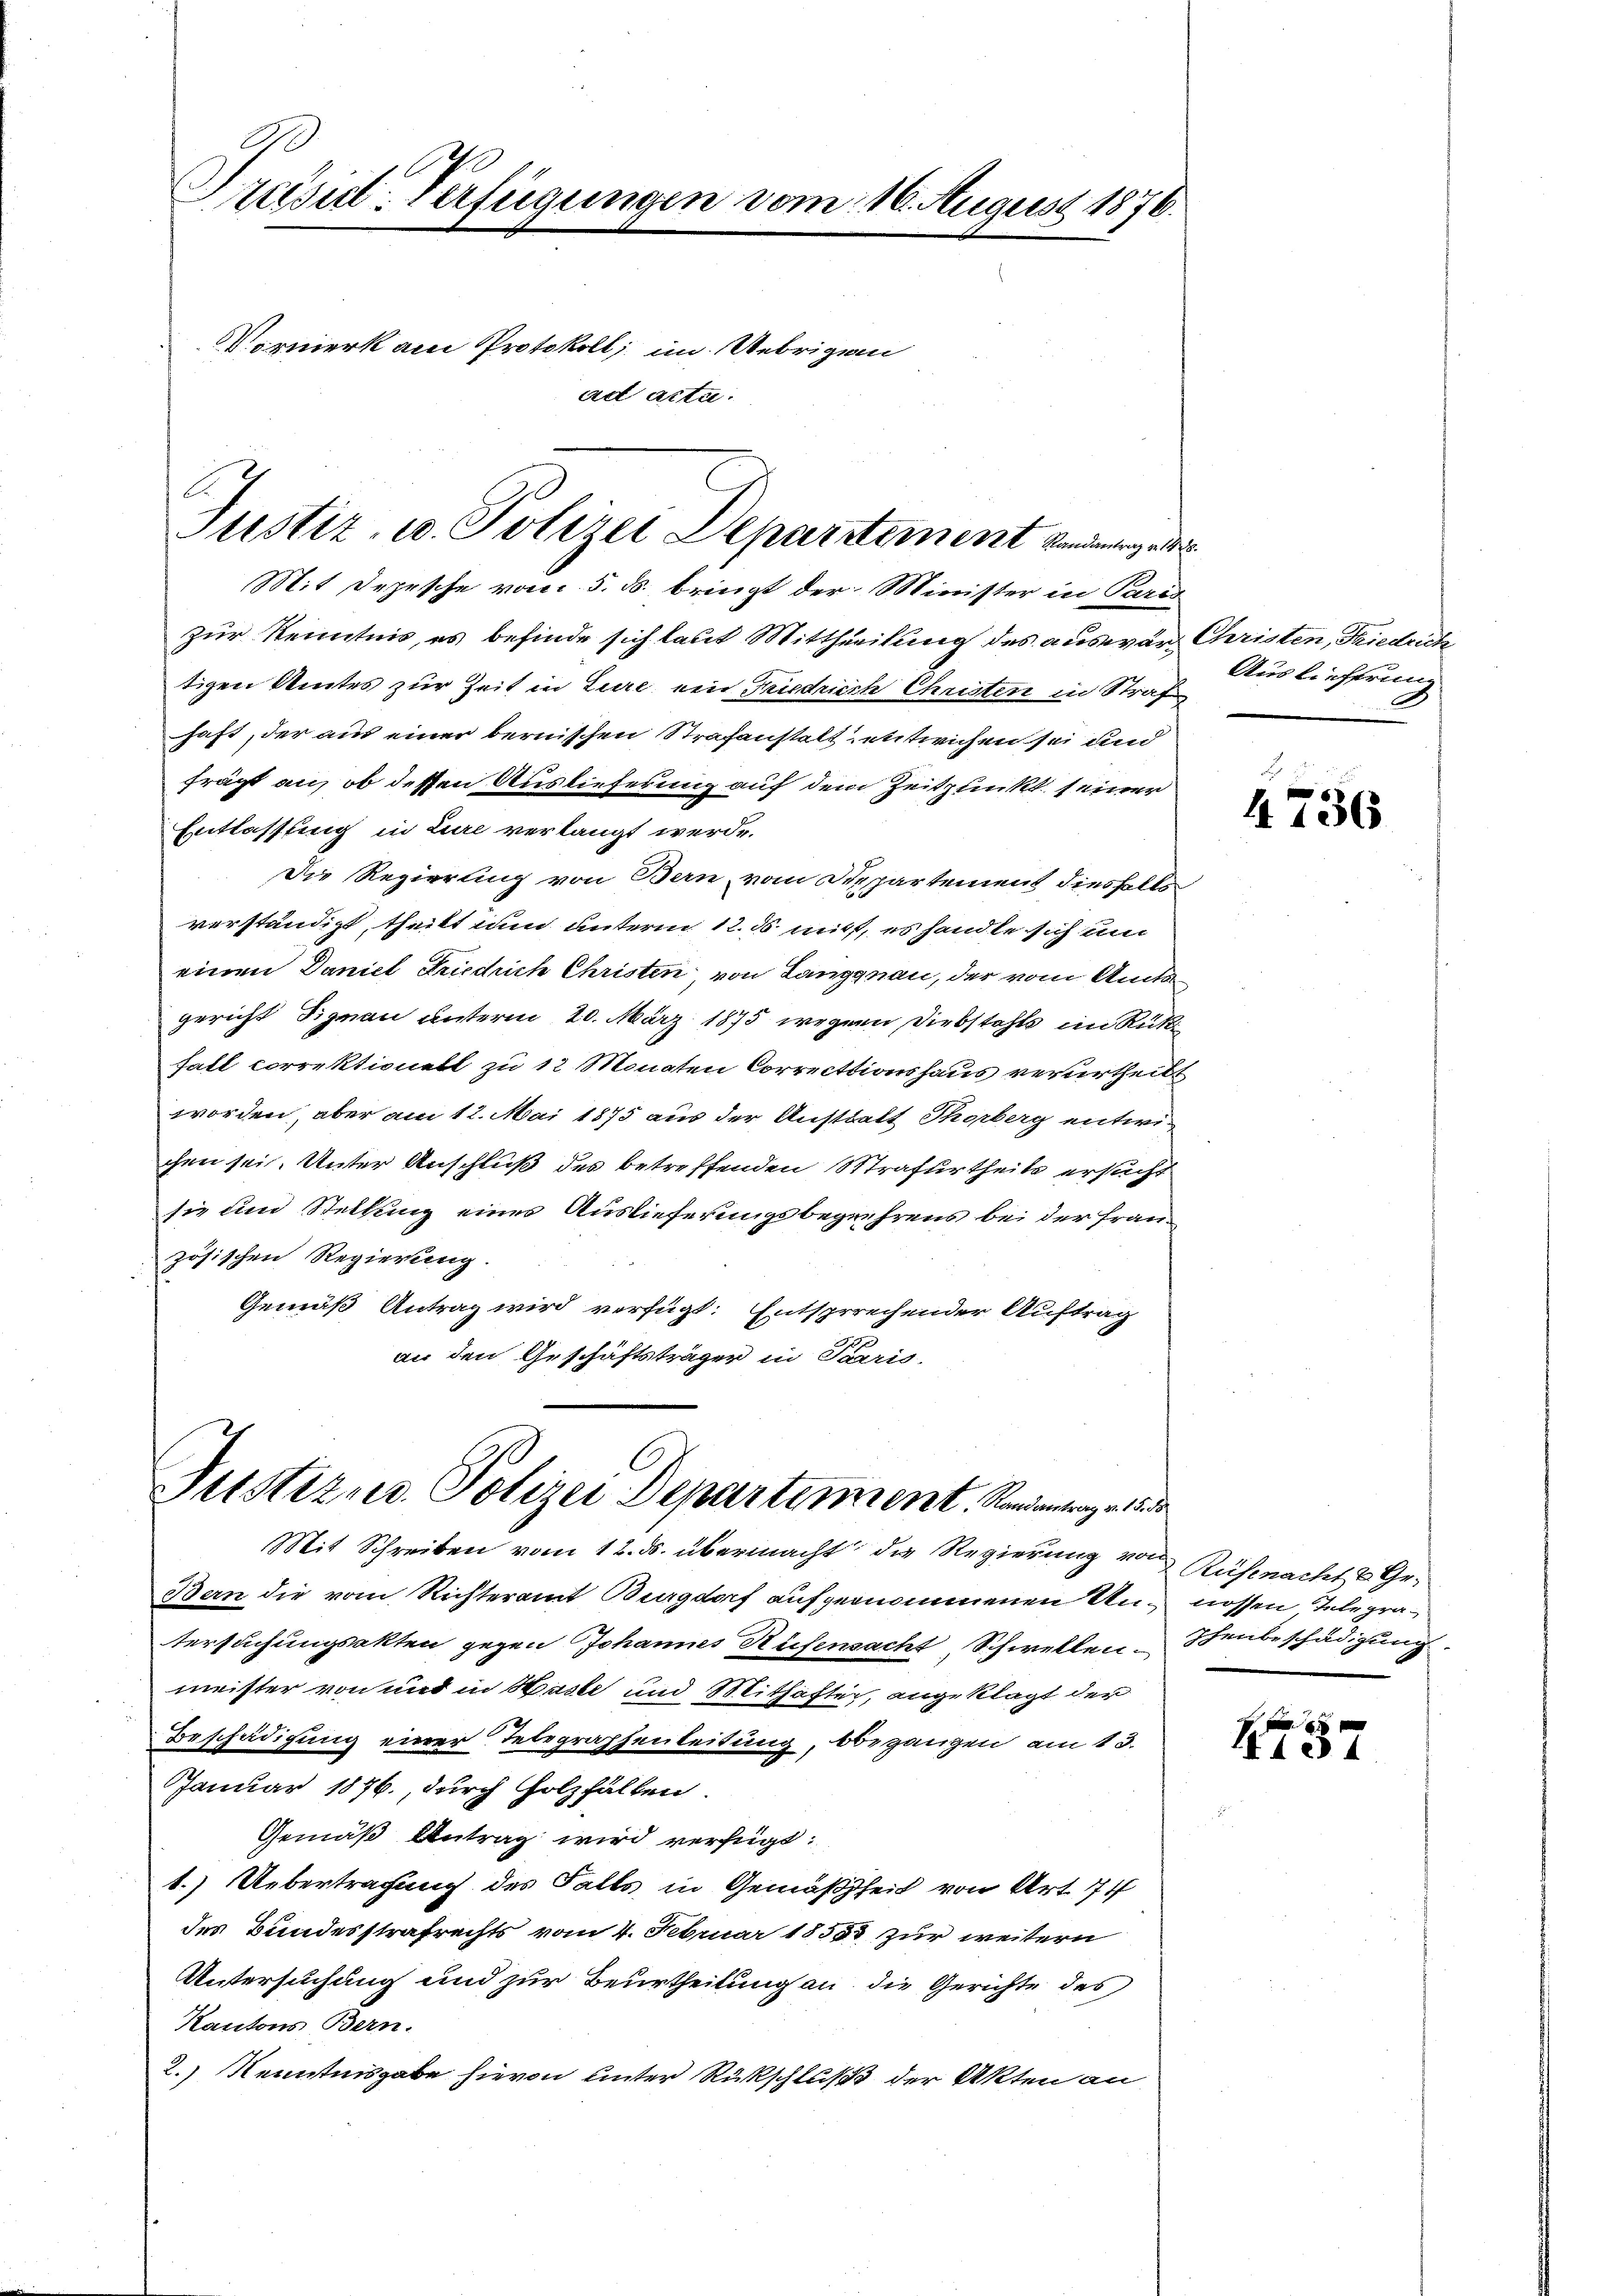
Präsid-Verfügungen vom 16. August 1876.
Vormerk am Protokoll, im Uebrigen
ad acta.

A
Justiz- u. Polizei Departement Badengel

Mit Depesche vom 5. ds. bringt der Minister in Paris
zur Kenntnis, es befinde sich laut Mittheilung des auswär Christen, Friedente
tigen Amtes zur Zeit in Zure ein Friedrich Christen in Straf
haft, der aus einer bernischen Strafanstelt entwichen sei und
frägt an, ob dessen Auslieferung auf dem Zeitpunkt seiner
Entlassung in Lure verlangt werde.
Die Regierung von Bern, vom Departement diesselbe
verständigt, theilt nun unterm 12. ds mitt, es handle sich um
einen Daniel Friedrich Christen von Langnau, der vom Amts
gericht Pignau unterm 20. März 1875 wegen Diebstahls im Rük¬
Fall correktionell zu 12 Monaten Correctionshaus verurtheilt
worden, aber am 12. Mai 1875 aus der Anstalt Thorberg entwichen sei. Unter Anschluß des betreffenden Strafurtheile ersucht
sie um Stellung eines Auslieferungsbegehrens bei der französischen Regierung.
Gemäß Antrag wird verfügt: Entsprechender Auftrag
an den Geschäftsträger in Paris.

Justiz u. Polizei Departement. Randantrage 15 de

Mit Schreiben vom 12. ds. übermacht die Regierung von
Bern die vom Richteramt Burgdorf aufgenommenen Un- nossen Telegratersuchungsakten gegen Johannes Rufensacht, Schwellen.
meister von und in Hasle und Mithafter, angeklagt der
Beschädigung einer Telegraphenleitung, begangen am 13.
Januar 1876., durch Holzhalten.
Gemäß Antrag wird verfügt:
1.) Uebertragung des Falls in Gemäßheit von Art. 74
des Bundesstrafrechts vom 4. Februar 1855 zur weitern
Untersuchung und zur Beurtheilung an die Gerichte des
Kantons Bern.
2.) Kenntnisgabe hievon unter Rückschluß der Akten an

Auslieferung

4736

Rüsenacht & Gephenbeschädigung

157